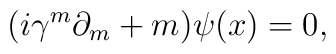
(i\gamma^{m}\partial_{m}+m)\psi(x)=0,